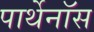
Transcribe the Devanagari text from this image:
पार्थेनॉस